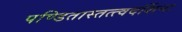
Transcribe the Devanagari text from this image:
पण्डितास्तत्त्वदर्शिनः